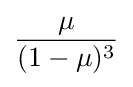
{\frac {\mu }{(1-\mu )^{3}}}